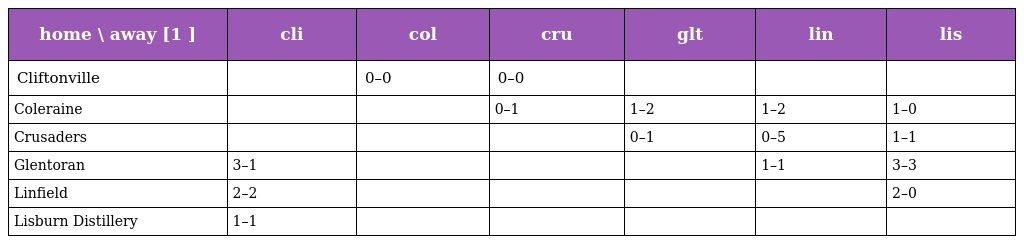
| home \ away [1 ] | cli | col | cru | glt | lin | lis |
 | --- | --- | --- | --- | --- | --- | --- |
 | Cliftonville |  | 0–0 | 0–0 |  |  |  |
 | Coleraine |  |  | 0–1 | 1–2 | 1–2 | 1–0 |
 | Crusaders |  |  |  | 0–1 | 0–5 | 1–1 |
 | Glentoran | 3–1 |  |  |  | 1–1 | 3–3 |
 | Linfield | 2–2 |  |  |  |  | 2–0 |
 | Lisburn Distillery | 1–1 |  |  |  |  |  |